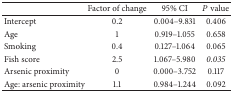
<table><thead><tr><td><b> </b></td><td><b>Factor of change</b></td><td><b>95% CI</b></td><td><b><i>P</i> value</b></td></tr></thead><tbody><tr><td>Intercept</td><td>0.2</td><td>0.004–9.831</td><td>0.406</td></tr><tr><td>Age</td><td>1</td><td>0.919–1.055</td><td>0.658</td></tr><tr><td>Smoking</td><td>0.4</td><td>0.127–1.064</td><td>0.065</td></tr><tr><td>Fish score</td><td>2.5</td><td>1.067–5.980</td><td><i>0.035 </i></td></tr><tr><td>Arsenic proximity</td><td>0</td><td>0.000–3.752</td><td>0.117</td></tr><tr><td>Age: arsenic proximity</td><td>1.1</td><td>0.984–1.244</td><td>0.092</td></tr></tbody></table>